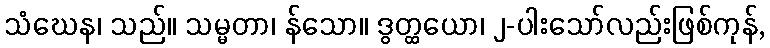
သံဃေန၊ သည်။ သမ္မတာ၊ န်သော။ ဒွတ္ထယော၊ ၂-ပါးသော်လည်းဖြစ်ကုန်,